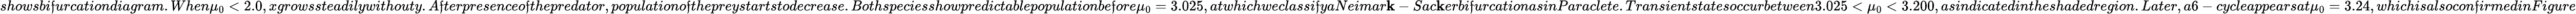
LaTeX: showsbi\mathfrak{f}urcationdiagram.When\mu_{0}<2.0,xgrowssteadilywithouty.A\mathfrak{f}terpresenceo\mathfrak{f}thepredator,populationo\mathfrak{f}thepreystartstodecrease.Bothspeciesshowpredictablepopulationbe\mathfrak{f}ore\mu_{0}=3.025,atwhichweclassi\mathfrak{f}yaNeimar\mathbf{k}-Sac\mathbf{k}erbi\mathfrak{f}urcationasinParaclete.Transientstatesoccurbetween3.025<\mu_{0}<3.200,asindicatedintheshadedregion.Later,a6-cycleappearsat\mu_{0}=3.24,whichisalsocon\mathfrak{f}irmedinFigure